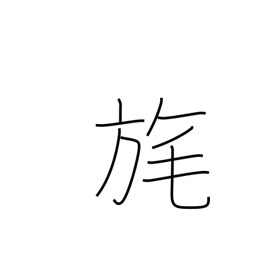
Meaning: tassel on a flag